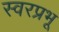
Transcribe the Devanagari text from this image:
स्वरप्रभू